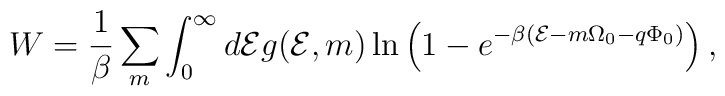
W =   \frac{1}{\beta} \sum_m \int_0^\infty d {\cal E}      g({\cal E}, m) \ln        \left( 1 - e^{- \beta( {\cal E} - m \Omega_0  - q \Phi_0)}        \right),